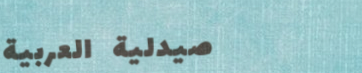
صيدلية العربية